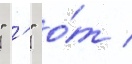
" '" о́т